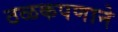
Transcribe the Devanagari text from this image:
ठळकपणाने